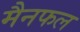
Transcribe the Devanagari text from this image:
मैनफल